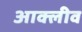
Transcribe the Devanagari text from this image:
आक्लीव